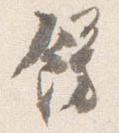
飾